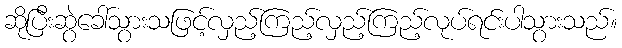
ဆိုပြီးဆွဲခေါ်သွားသဖြင့်လှည့်ကြည့်လှည့်ကြည့်လုပ်ရင်းပါသွားသည်။